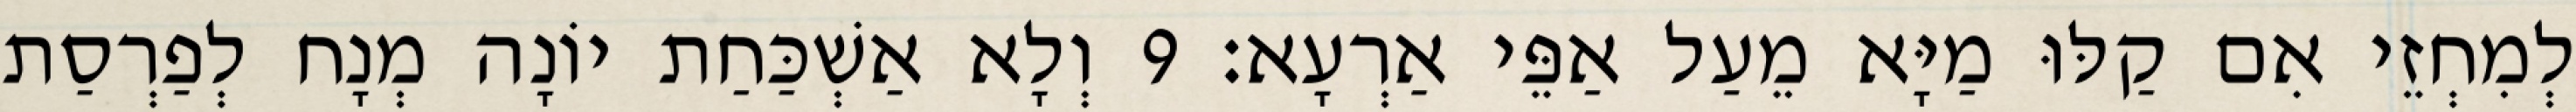
לְמִחְזֵי אִם קַלּוּ מַיָּא מֵעַל אַפֵּי אַרְעָא׃ 9 וְלָא אַשְׁכַּחַת יוֹנָה מְנָח לְפַרְסַת